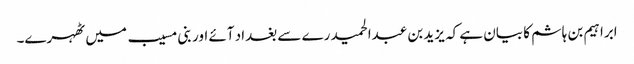
ابراہیم بن ہاشم کا بیان ہے کہ یزید بن عبدالحمید رے سے بغداد آئے اور بنی مسیب میں ٹھہرے۔